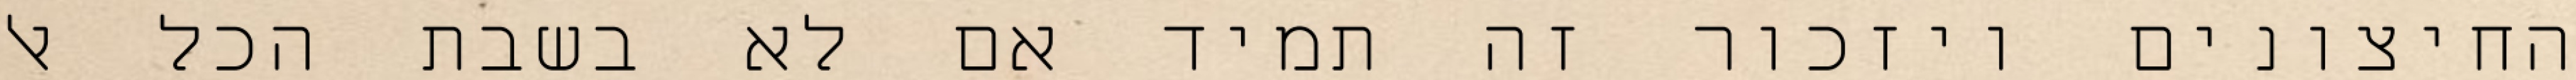
החיצונים ויזכור זה תמיד אם לא בשבת הכל אל